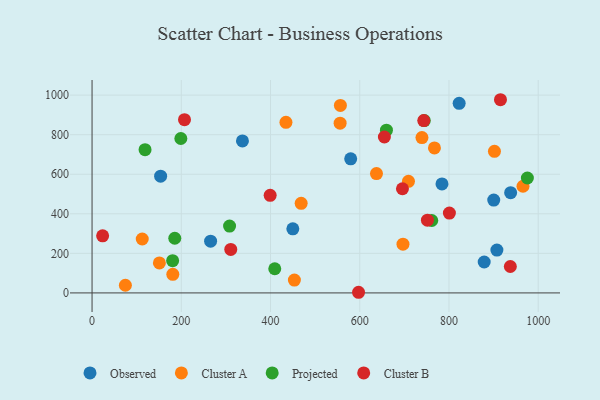
{"axis": {"x": "Engine Size", "y": "Salary"}, "legend": ["Cluster A", "Cluster B", "Observed", "Projected"], "data": [{"x": "337.1", "y": 768.5, "type": "Observed"}, {"x": "878.9", "y": 156.3, "type": "Observed"}, {"x": "579.7", "y": 677.9, "type": "Observed"}, {"x": "907.4", "y": 216.7, "type": "Observed"}, {"x": "265.7", "y": 261.6, "type": "Observed"}, {"x": "450.0", "y": 323.8, "type": "Observed"}, {"x": "784.3", "y": 551.3, "type": "Observed"}, {"x": "938.2", "y": 506.9, "type": "Observed"}, {"x": "822.8", "y": 958.5, "type": "Observed"}, {"x": "900.3", "y": 469.3, "type": "Observed"}, {"x": "153.7", "y": 590.2, "type": "Observed"}, {"x": "453.5", "y": 64.9, "type": "Cluster A"}, {"x": "696.9", "y": 246.3, "type": "Cluster A"}, {"x": "74.7", "y": 38.7, "type": "Cluster A"}, {"x": "637.5", "y": 603.6, "type": "Cluster A"}, {"x": "965.9", "y": 539.2, "type": "Cluster A"}, {"x": "767.4", "y": 733.0, "type": "Cluster A"}, {"x": "150.9", "y": 151.5, "type": "Cluster A"}, {"x": "556.6", "y": 948.1, "type": "Cluster A"}, {"x": "434.6", "y": 862.4, "type": "Cluster A"}, {"x": "901.9", "y": 716.1, "type": "Cluster A"}, {"x": "112.5", "y": 272.7, "type": "Cluster A"}, {"x": "709.2", "y": 564.4, "type": "Cluster A"}, {"x": "556.0", "y": 858.0, "type": "Cluster A"}, {"x": "468.7", "y": 453.0, "type": "Cluster A"}, {"x": "739.4", "y": 785.6, "type": "Cluster A"}, {"x": "181.0", "y": 93.8, "type": "Cluster A"}, {"x": "744.6", "y": 871.6, "type": "Projected"}, {"x": "409.5", "y": 122.1, "type": "Projected"}, {"x": "308.2", "y": 337.8, "type": "Projected"}, {"x": "118.8", "y": 724.0, "type": "Projected"}, {"x": "199.0", "y": 780.8, "type": "Projected"}, {"x": "185.4", "y": 276.4, "type": "Projected"}, {"x": "761.4", "y": 366.1, "type": "Projected"}, {"x": "975.7", "y": 581.1, "type": "Projected"}, {"x": "659.8", "y": 822.7, "type": "Projected"}, {"x": "180.6", "y": 162.9, "type": "Projected"}, {"x": "695.7", "y": 526.6, "type": "Cluster B"}, {"x": "23.7", "y": 288.7, "type": "Cluster B"}, {"x": "399.2", "y": 493.3, "type": "Cluster B"}, {"x": "937.5", "y": 133.5, "type": "Cluster B"}, {"x": "743.5", "y": 871.4, "type": "Cluster B"}, {"x": "207.2", "y": 875.7, "type": "Cluster B"}, {"x": "800.9", "y": 403.7, "type": "Cluster B"}, {"x": "597.3", "y": 3.2, "type": "Cluster B"}, {"x": "310.9", "y": 219.9, "type": "Cluster B"}, {"x": "751.7", "y": 367.6, "type": "Cluster B"}, {"x": "655.2", "y": 788.4, "type": "Cluster B"}, {"x": "915.4", "y": 976.8, "type": "Cluster B"}]}